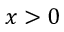
x > 0